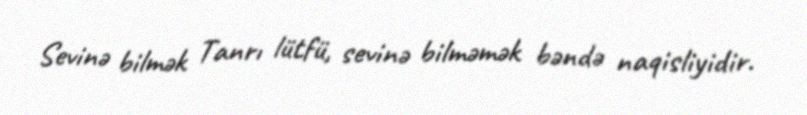
Sevinə bilmək Tanrı lütfü, sevinə bilməmək bəndə naqisliyidir.